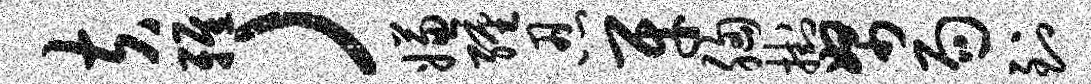
夫雅）嫌缠忍牙胸挂帑局到